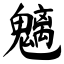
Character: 魑